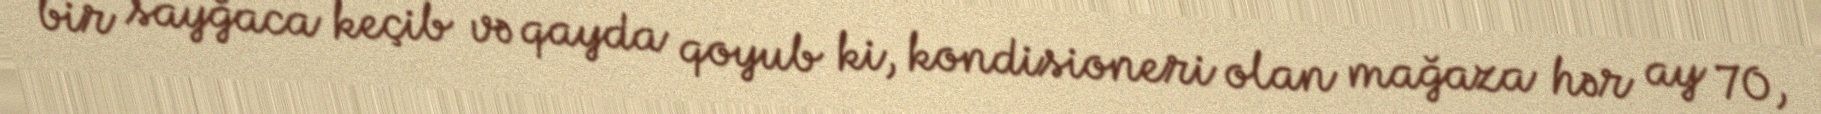
bir sayğaca keçib və qayda qoyub ki, kondisioneri olan mağaza hər ay 70,